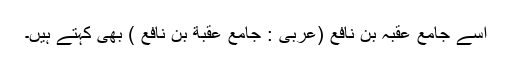
اسے جامع عقبہ بن نافع (عربی : جامع عقبة بن نافع ) بھی کہتے ہیں۔